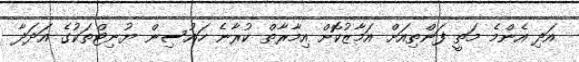
އަދި އެންމެ މަތީ ފަންތިއަށް އަމާޒުކޮށް އިމާރާތް ކުރާނެ ހައުސިން ޔުނިޓްތަކުގެ އަދަދާ